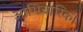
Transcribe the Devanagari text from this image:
आभिचारिक।